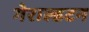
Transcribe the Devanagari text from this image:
गेराल्डटन